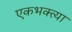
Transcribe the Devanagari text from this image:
एकभक्त्या